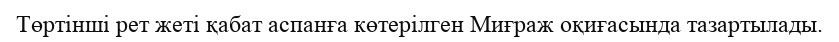
Төртінші рет жеті қабат аспанға көтерілген Миғраж оқиғасында тазартылады.